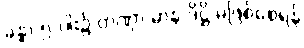
ခန္ဓာ ၅-ပါး၌ တဏှာ မာန ဒိဋ္ဌိ မဖြစ်စေရန်